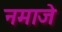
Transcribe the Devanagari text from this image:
नमाजे